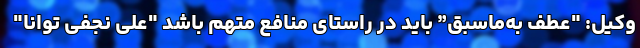
وکیل: "عطف به‌ماسبق” باید در راستای منافع متهم باشد "علی نجفی توانا"